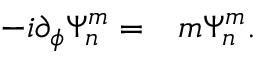
\begin{array} { r l } { - i \partial _ { \phi } \Psi _ { n } ^ { m } = } & { { } m \Psi _ { n } ^ { m } . } \end{array}